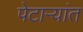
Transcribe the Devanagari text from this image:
पेटाऱ्यांत